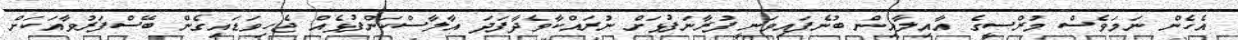
އެހެން ނަމަވެސް މުރްސީގެ އާއިލާއިން ބުނެފައިވަނީ ފުރާނަފުޅަށް ނުރައްކާވެދާފަދަ އާލާސްކަންފުޅެއް ޖެހިވަޑައިގެން ބޭސްފަރުވާއަކަށް